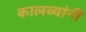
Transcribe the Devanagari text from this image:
कालव्यांनी